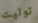
توليت